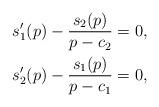
LaTeX: \begin{align*}s_{1}'(p)-\frac{s_{2}(p)}{p-c_{2}} & =0,\\s_{2}'(p)-\frac{s_{1}(p)}{p-c_{1}} & =0,\end{align*}